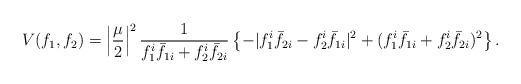
LaTeX: \begin{align*}V(f_1,f_2) = \left|\frac{\mu}{2}\right|^2 \frac{1}{f_1^i {\bar{f}}_{1i} + f_2^i {\bar{f}}_{2i}} \left\{-|f_1^i {\bar{f}}_{2i} - f_2^i {\bar{f}}_{1i}|^2 +(f_1^i {\bar{f}}_{1i} + f_2^i {\bar{f}}_{2i})^2 \right\}. \end{align*}